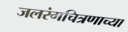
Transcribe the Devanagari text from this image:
जलरंगचित्रणाच्या